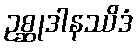
ဥစ္ဆုဒါနဿိဒံ